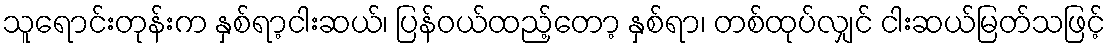
သူရောင်းတုန်းက နှစ်ရာ့ငါးဆယ်၊ ပြန်ဝယ်ထည့်တော့ နှစ်ရာ၊ တစ်ထုပ်လျှင် ငါးဆယ်မြတ်သဖြင့်